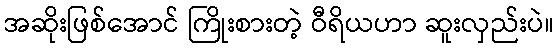
အဆိုးဖြစ်အောင် ကြိုးစားတဲ့ ဝီရိယဟာ ဆူးလှည်းပဲ။